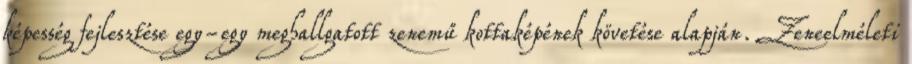
képesség fejlesztése egy-egy meghallgatott zenemű kottaképének követése alapján. Zeneelméleti